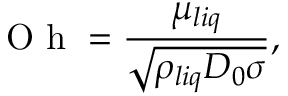
\mathrm { ~ O ~ h ~ } = \frac { \mu _ { l i q } } { \sqrt { \rho _ { l i q } D _ { 0 } \sigma } } ,